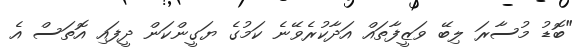
"ބޮޑު މުސާރަ ލިބޭ ވަޒީފާތައް އަދާކުރެވޭނެ ކަމުގެ ޔަގީންކަން ދީފައި އޮތަސް އެ